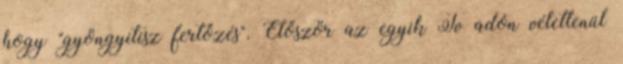
hogy "gyöngyitisz fertőzés". Először az egyik Tv adón véletlenül